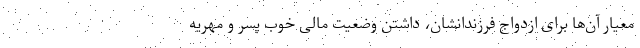
معیار آن‌ها برای ازدواج فرزندانشان، داشتن وضعیت مالی خوب پسر و مهریه